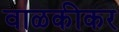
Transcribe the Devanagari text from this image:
वाळकीकर